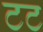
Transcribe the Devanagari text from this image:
टट